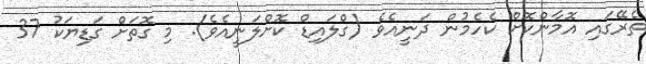
ތެރޭގައި އޮމާންކޮށް ކެހެމުން ދަނީއެވެ (ގްލައިޑް ކޮށްލަނީއެވެ). މި ގޮތަށް ގަޑިޔަކު 37